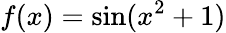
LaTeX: f(x)=\sin(x^{2}+1)